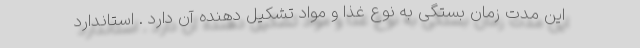
این مدت زمان بستگی به نوع غذا و مواد تشکیل دهنده آن دارد . استاندارد